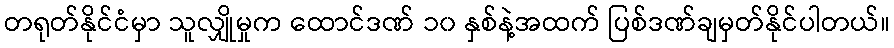
တရုတ်နိုင်ငံမှာ သူလျှိုမှုက ထောင်ဒဏ် ၁၀ နှစ်နဲ့အထက် ပြစ်ဒဏ်ချမှတ်နိုင်ပါတယ်။